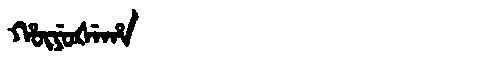
Manchu: ᡥᡡᠶᡠᡧᡝᡥᠠ
Romanization: HŪYUŠEHA